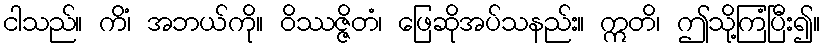
ငါသည်။ ကိံ၊ အဘယ်ကို။ ဝိဿဇ္ဇိတံ၊ ဖြေဆိုအပ်သနည်း။ ဣတိ၊ ဤသို့ကြံပြီး၍။